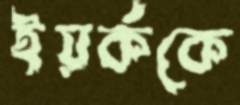
ইয়র্ককে